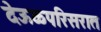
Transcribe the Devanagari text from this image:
देऊळ्परिसरात